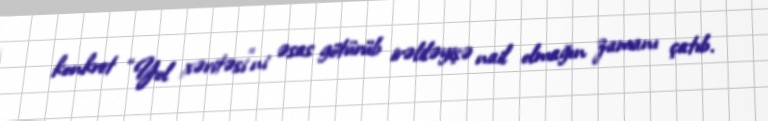
konkret “Yol xəritəsi”ni əsas götürüb irəliləyişə nail olmağın zamanı çatıb.